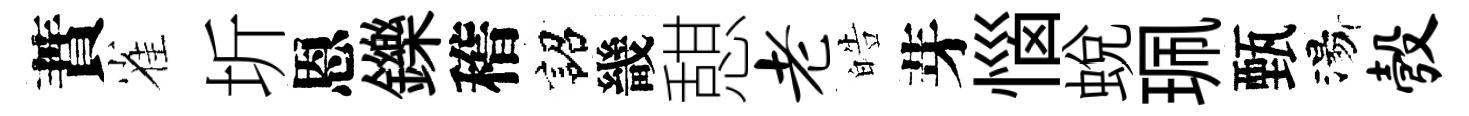
蕡雀圻恩鑠稽詔畿憇老皓芽惱蜕珮甄湯彀